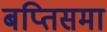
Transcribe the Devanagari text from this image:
बप्तिसमा